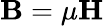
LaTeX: \mathbf{B}=\mu\mathbf{H}